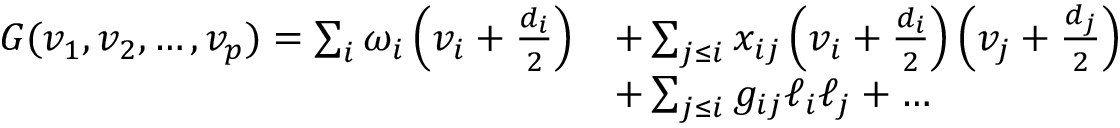
\begin{array} { r l } { G ( v _ { 1 } , v _ { 2 } , \ldots , v _ { p } ) = \sum _ { i } \omega _ { i } \left( v _ { i } + \frac { d _ { i } } { 2 } \right) } & { + \sum _ { j \leq i } x _ { i j } \left( v _ { i } + \frac { d _ { i } } { 2 } \right) \left( v _ { j } + \frac { d _ { j } } { 2 } \right) } \\ & { + \sum _ { j \leq i } g _ { i j } \ell _ { i } \ell _ { j } + \ldots } \end{array}